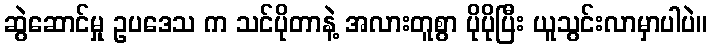
ဆွဲဆောင်မှု ဥပဒေသ က သင်ပိုတာနဲ့ အလားတူစွာ ပိုပိုပြီး ယူသွင်းလာမှာပါပဲ။